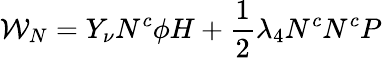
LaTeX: {\cal{W}}_{N}=Y_{\nu}N^{c}\phi H+\frac{1}{2}\lambda_{4}N^{c}N^{c}P